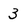
Character: 3